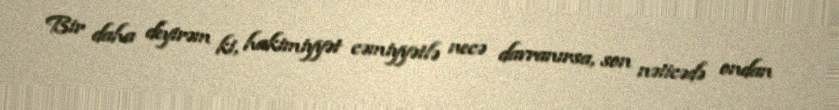
Bir daha deyirəm ki, hakimiyyət cəmiyyətlə necə davranırsa, son nəticədə ondan